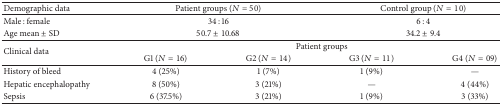
<table><thead><tr><td><b>Demographic data</b></td><td colspan="2"><b>Patient groups (<i>N</i> = 50)</b></td><td colspan="2"><b>Control group (<i>N</i> = 10)</b></td></tr></thead><tbody><tr><td>Male : female</td><td colspan="2">34 : 16</td><td colspan="2">6 : 4</td></tr><tr><td>Age mean ± SD</td><td colspan="2">50.7 ± 10.68</td><td colspan="2">34.2 ± 9.4</td></tr><tr><td rowspan="2">Clinical data</td><td colspan="4">Patient groups</td></tr><tr><td>G1 (<i>N</i> = 16)</td><td>G2 (<i>N</i> = 14)</td><td>G3 (<i>N</i> = 11)</td><td>G4 (<i>N</i> = 09)</td></tr><tr><td>History of bleed</td><td>4 (25%)</td><td>1 (7%)</td><td>1 (9%)</td><td>— </td></tr><tr><td>Hepatic encephalopathy</td><td>8 (50%)</td><td>3 (21%)</td><td>—</td><td>4 (44%)</td></tr><tr><td>Sepsis</td><td>6 (37.5%)</td><td>3 (21%)</td><td>1 (9%)</td><td>3 (33%)</td></tr></tbody></table>